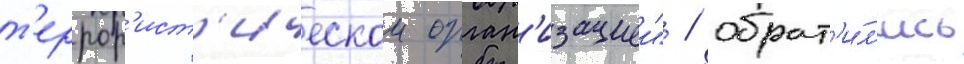
т'еррор'ист'ическои орган'изациеи" / обрат'и́л'ись